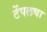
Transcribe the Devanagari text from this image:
टेंपलचा